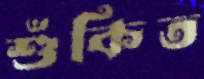
শুঁকিত